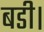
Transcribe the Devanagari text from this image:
बडी।